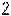
2